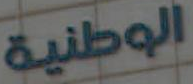
الوطنية